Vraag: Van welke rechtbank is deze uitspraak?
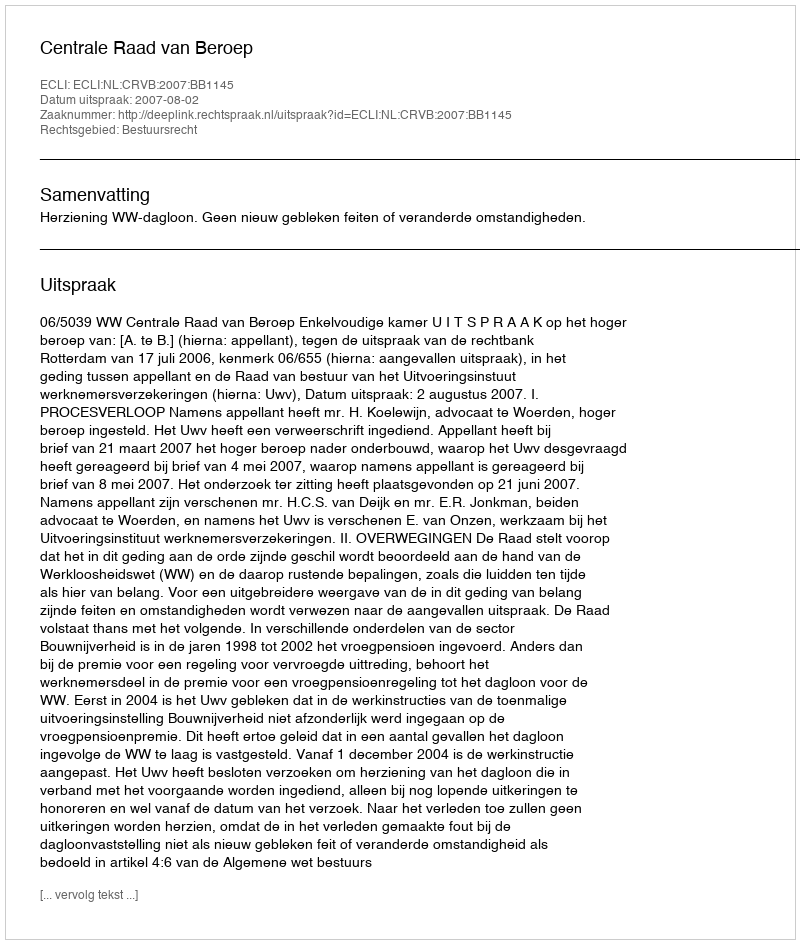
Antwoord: Centrale Raad van Beroep